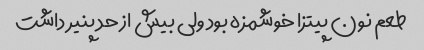
طعم نون پیتزا خوشمزه بود ولی بیش از حد پنیر داشت